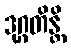
ဒုဂ္ဂတိန္တိ